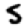
Digit: 5